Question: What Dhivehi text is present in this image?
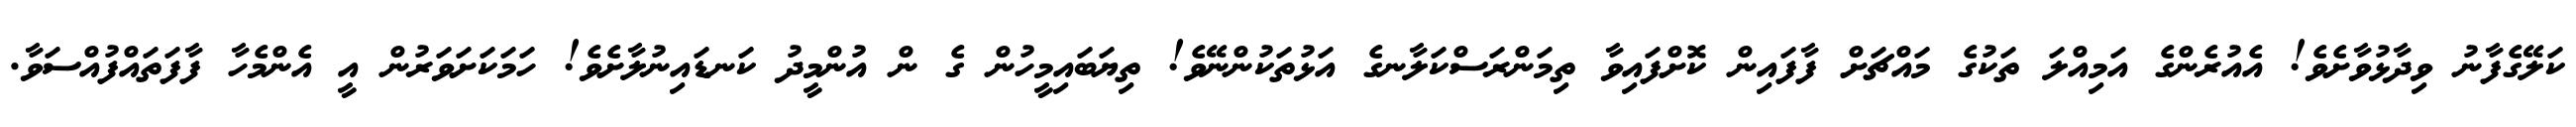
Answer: ކަލޭގެފާނު ވިދާޅުވާށެވެ! އެއުރެންގެ އަމިއްލަ ތަކުގެ މައްޗަށް ފާފައިން ކޮށްފައިވާ ތިމަންރަސްކަލާނގެ އަޅުތަކުންނޭވެ! ތިޔަބައިމީހުން ގެ ން އުންމީދު ކަނޑައިނުލާށެވެ! ހަމަކަށަވަރުން އީ އެންމެހާ ފާފަތައްފުއްސަވާ.